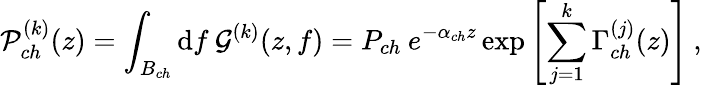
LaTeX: \mathcal{P}_{ch}^{(k)}(z)=\int_{B_{ch}}\mathrm{d}f\: \mathcal{G}^{(k)}(z,f)=P_{ch}\: e^{-\alpha_{ch}z}\exp\left[\sum_{j=1}^{k}\Gamma_{ch}^{(j)}(z)\right]\: ,